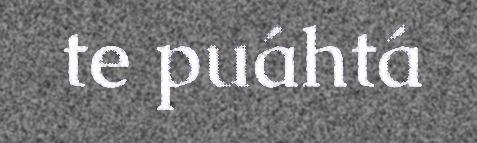
te puáhtá